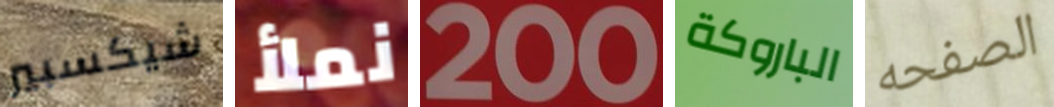
شيكسبير نملأ 200 الباروكة الصفحه